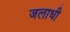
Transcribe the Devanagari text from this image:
जलाधी